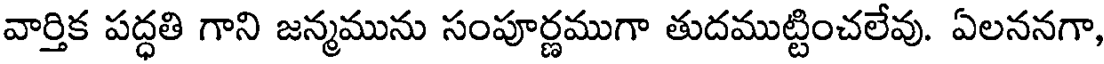
వార్తిక పద్ధతి గాని జన్మమును సంపూర్ణముగా తుదముట్టించలేవు. ఏలననగా,